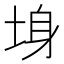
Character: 𡌏